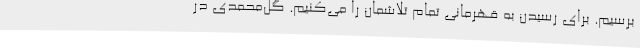
برسیم. برای رسیدن به قهرمانی تمام تلاشمان را می‌کنیم. گل‌محمدی در